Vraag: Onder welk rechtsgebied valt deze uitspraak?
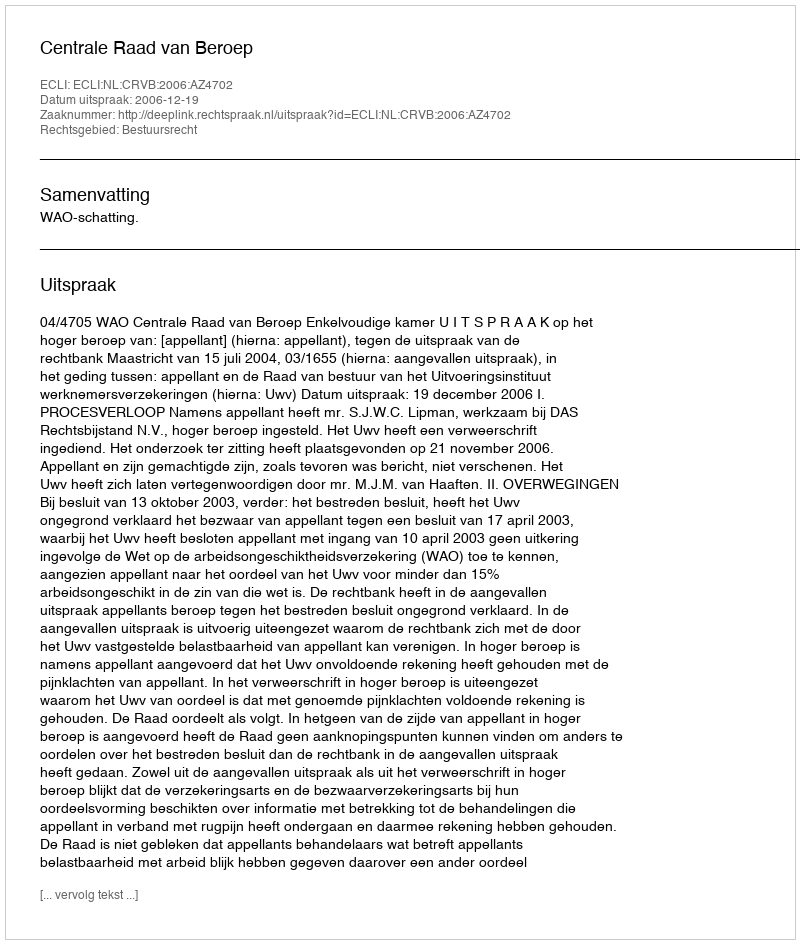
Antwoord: Bestuursrecht